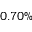
0 . 7 0 \%